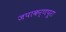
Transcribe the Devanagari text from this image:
जपाकर्णपूरा